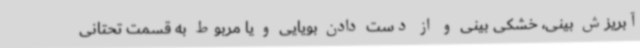
آبریزش بینی، خشکی بینی و از دست دادن بویایی و یا مربوط به قسمت تحتانی